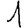
Digit: 1